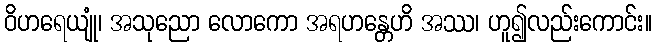
ဝိဟရေယျုံ၊ အသုညော လောကော အရဟန္တေဟိ အဿ၊ ဟူ၍လည်းကောင်း။